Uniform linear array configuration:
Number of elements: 4
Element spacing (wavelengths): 0.75
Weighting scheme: blackman
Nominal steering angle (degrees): -30
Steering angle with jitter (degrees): -29.679
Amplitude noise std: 0.05
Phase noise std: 0.05

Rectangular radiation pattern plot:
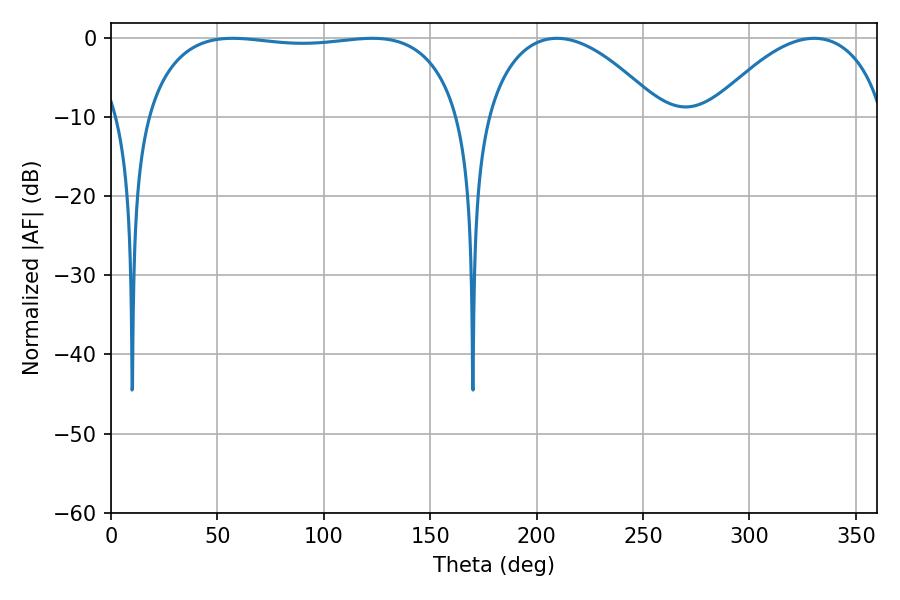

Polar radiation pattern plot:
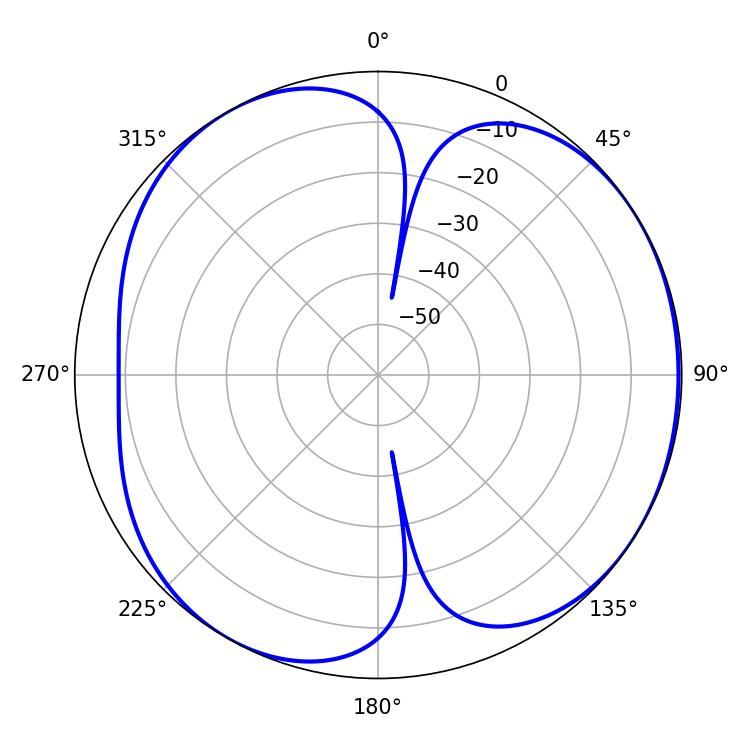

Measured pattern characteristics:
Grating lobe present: TRUE
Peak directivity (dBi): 4.913
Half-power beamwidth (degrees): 46.26
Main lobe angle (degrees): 209.52